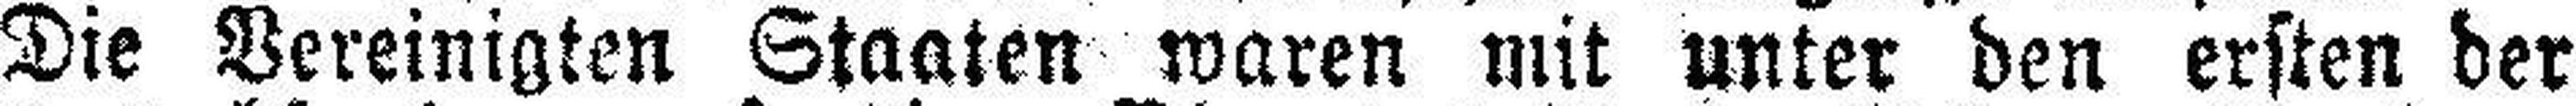
Die Vereinigten Staaten waren mit unter den ersten der